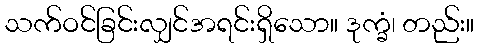
သက်ဝင်ခြင်းလျှင်အရင်းရှိသော။ ဒုက္ခံ၊ တည်း။